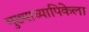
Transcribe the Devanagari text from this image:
मुख्याध्यापिकेला